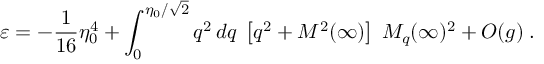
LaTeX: \varepsilon = - \frac 1 { 1 6 } \eta _ { 0 } ^ { 4 } + \int _ { 0 } ^ { \eta _ { 0 } / \sqrt 2 } q ^ { 2 } \, d q \; \left[ q ^ { 2 } + { \cal M } ^ { 2 } ( \infty ) \right] \; M _ { q } ( \infty ) ^ { 2 } + { \cal O } ( g ) \; .